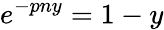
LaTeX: e^{-pny}=1-y